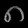
Digit: ၈